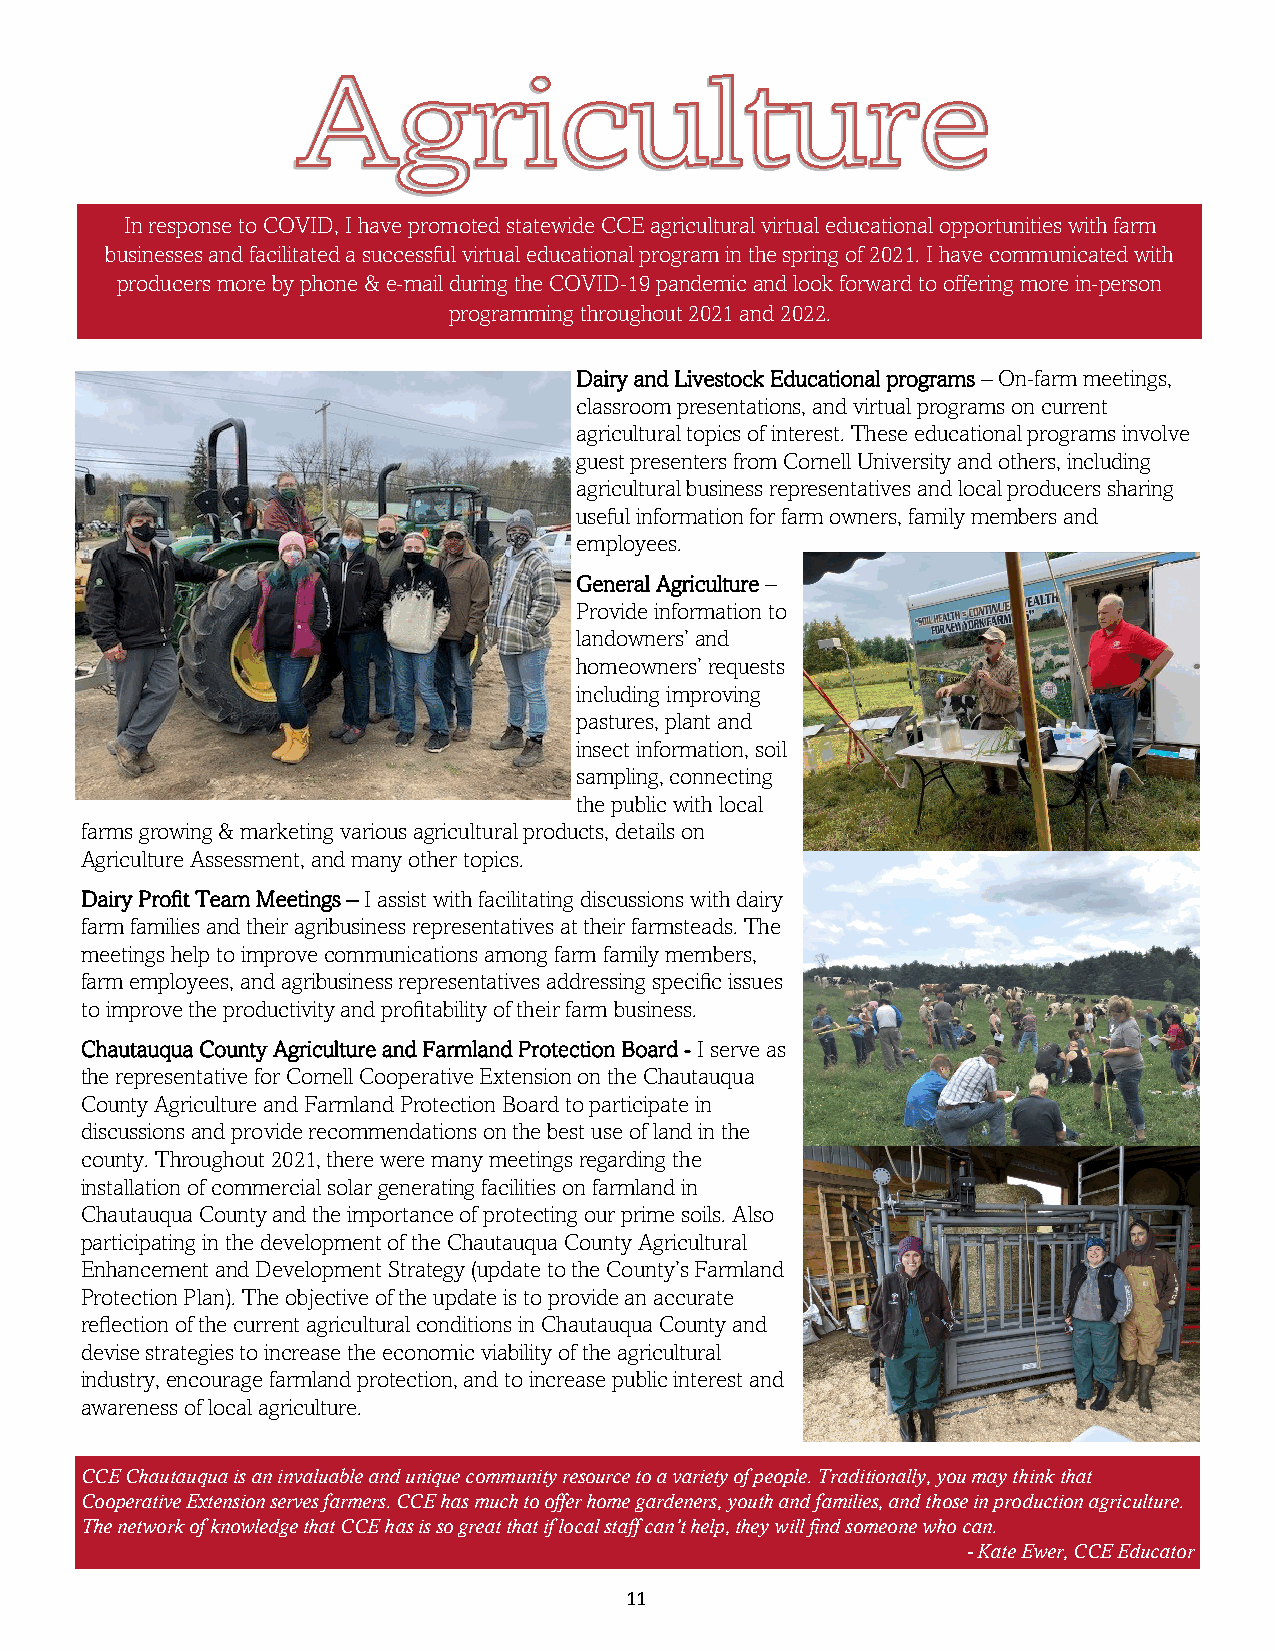
In response to COVID, I have promoted statewide CCE agricultural virtual educational opportunities with farm
 businesses and facilitated a successful virtual educational program in the spring of 2021. I have communicated with
 producers more by phone & e-mail during the COVID-19 pandemic and look forward to offering more in-person
 programming throughout 2021 and 2022.
 Dairy and Livestock Educational programs – On-farm meetings,
 classroom presentations, and virtual programs on current
 agricultural topics of interest. These educational programs involve
 guest presenters from Cornell University and others, including
 agricultural business representatives and local producers sharing
 useful information for farm owners, family members and
 employees.
 General Agriculture –
 Provide information to
 landowners’ and
 homeowners’ requests
 including improving
 pastures, plant and
 insect information, soil
 sampling, connecting
 the public with local
 farms growing & marketing various agricultural products, details on
 Agriculture Assessment, and many other topics.
 Dairy Profit Team Meetings – I assist with facilitating discussions with dairy
 farm families and their agribusiness representatives at their farmsteads. The
 meetings help to improve communications among farm family members,
 farm employees, and agribusiness representatives addressing specific issues
 to improve the productivity and profitability of their farm business.
 Chautauqua County Agriculture and Farmland Protection Board - I serve as
 the representative for Cornell Cooperative Extension on the Chautauqua
 County Agriculture and Farmland Protection Board to participate in
 discussions and provide recommendations on the best use of land in the
 county. Throughout 2021, there were many meetings regarding the
 installation of commercial solar generating facilities on farmland in
 Chautauqua County and the importance of protecting our prime soils. Also
 participating in the development of the Chautauqua County Agricultural
 Enhancement and Development Strategy (update to the County’s Farmland
 Protection Plan). The objective of the update is to provide an accurate
 reflection of the current agricultural conditions in Chautauqua County and
 devise strategies to increase the economic viability of the agricultural
 industry, encourage farmland protection, and to increase public interest and
 awareness of local agriculture.
 CCE Chautauqua is an invaluable and unique community resource to a variety of people. Traditionally, you may think that
 Cooperative Extension serves farmers. CCE has much to offer home gardeners, youth and families, and those in production agriculture.
 The network of knowledge that CCE has is so great that if local staff can’t help, they will find someone who can.
 - Kate Ewer, CCE Educator
 11